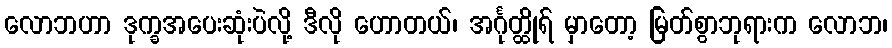
လောဘဟာ ဒုက္ခအပေးဆုံးပဲလို့ ဒီလို ဟောတယ်၊ အင်္ဂုတ္ထိုရ် မှာတော့ မြတ်စွာဘုရားက လောဘ၊